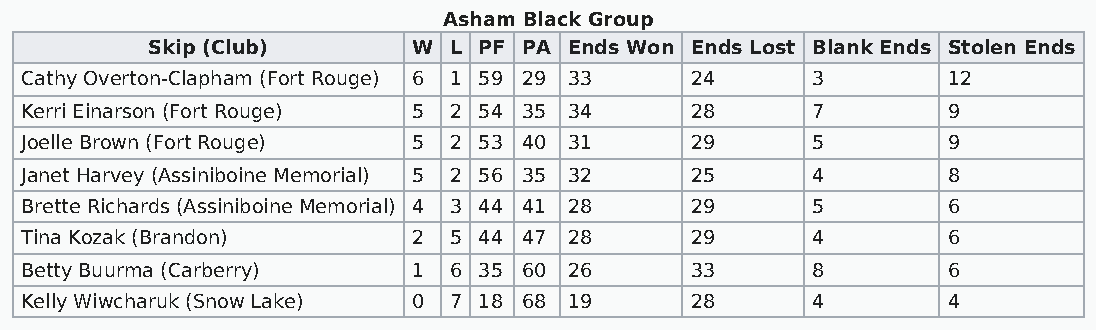
Asham Black Group
 Skip (Club)      W  L PF PA Ends Won Ends Lost Blank Ends Stolen Ends
 Cathy Overton-Clapham (Fort Rouge) 6 1 59 29 33 24   3        12
 Kerri Einarson (Fort Rouge) 5 2 54 35 34     28      7        9
 Joelle Brown (Fort Rouge) 5  2 53 40 31      29      5        9
 Janet Harvey (Assiniboine Memorial) 5 2 56 35 32 25  4        8
 Brette Richards (Assiniboine Memorial) 4 3 44 41 28 29 5      6
 Tina Kozak (Brandon)      2  5 44 47 28      29      4        6
 Betty Buurma (Carberry)   1  6 35 60 26      33      8        6
 Kelly Wiwcharuk (Snow Lake) 0 7 18 68 19     28      4        4